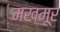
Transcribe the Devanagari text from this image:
मखमूर